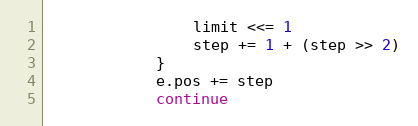
Language: Go
				limit <<= 1
				step += 1 + (step >> 2)
			}
			e.pos += step
			continue